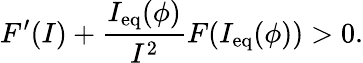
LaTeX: F^{\prime}(I)+\frac{I_{\mathrm{eq}}(\phi)}{I^{2}}F(I_{\mathrm{eq}}(\phi))>0.